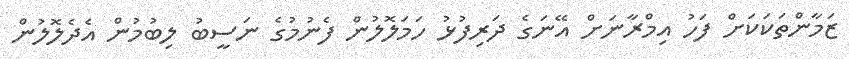
ޒަމާންތަކަކަށް ފަހު އިމްރާނަށް އޭނަގެ ދަރިފުޅު ހަމަލޮލުން ފެނުމުގެ ނަސީބު ލިބުމުން އެދެލޮލުން